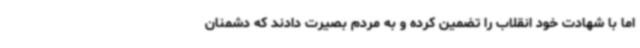
اما با شهادت خود انقلاب را تضمین کرده و به مردم بصیرت دادند که دشمنان